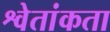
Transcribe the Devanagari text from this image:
श्वेतांकता